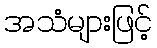
အသံများဖြင့်